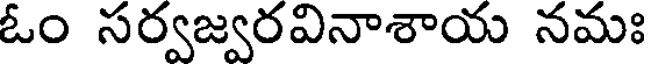
ఓం సర్వజ్వరవినాశాయ నమః